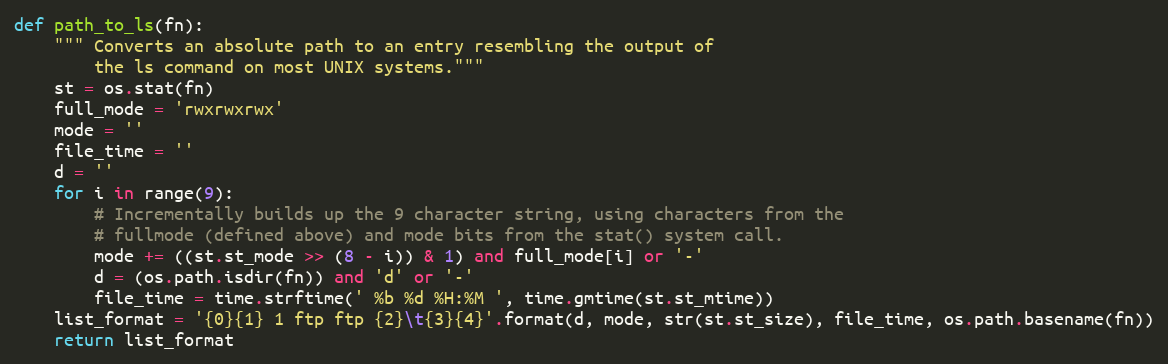
Language: Python
def path_to_ls(fn):
    """ Converts an absolute path to an entry resembling the output of
        the ls command on most UNIX systems."""
    st = os.stat(fn)
    full_mode = 'rwxrwxrwx'
    mode = ''
    file_time = ''
    d = ''
    for i in range(9):
        # Incrementally builds up the 9 character string, using characters from the
        # fullmode (defined above) and mode bits from the stat() system call.
        mode += ((st.st_mode >> (8 - i)) & 1) and full_mode[i] or '-'
        d = (os.path.isdir(fn)) and 'd' or '-'
        file_time = time.strftime(' %b %d %H:%M ', time.gmtime(st.st_mtime))
    list_format = '{0}{1} 1 ftp ftp {2}\t{3}{4}'.format(d, mode, str(st.st_size), file_time, os.path.basename(fn))
    return list_format